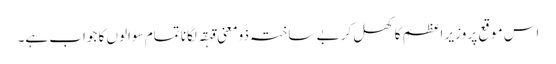
اس موقع پر وزیر اعظم کا کھل کر بے ساختہ ذومعنی قہقہ لگانا تمام سوالوں کا جواب ہے۔